Civil Veterinary Dept. North-West Frontier Province 1923-32 - 1923-1932
Year: 1923
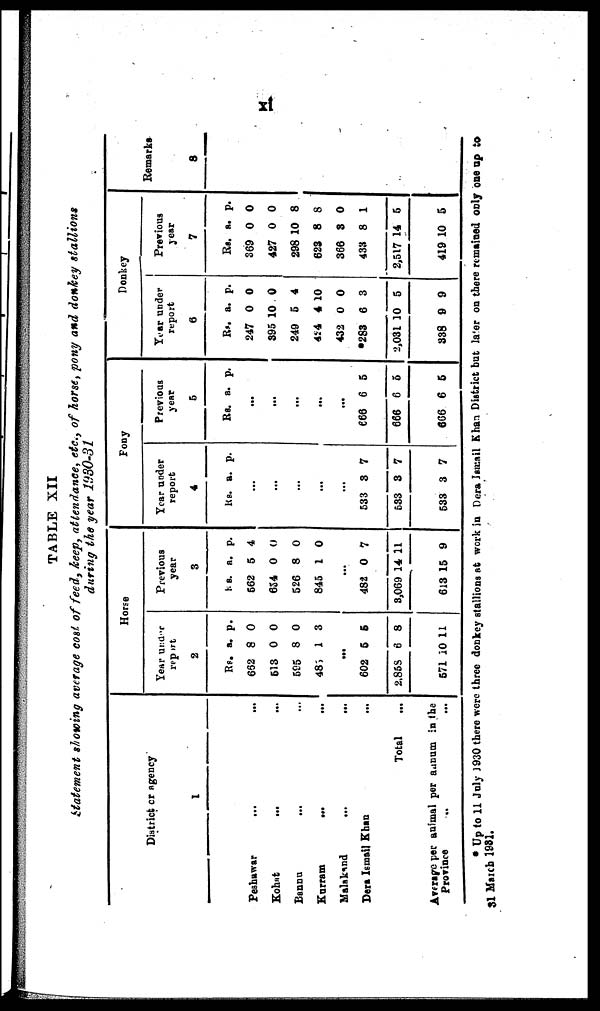
xi
TABLE XII
Statement showing average cost of feed, keep, attendance,
etc., of horse, pony and donkey
stallions
during the year 1930-31
District or agency
1
Peshawar ... ...
Kohat ... ... ...
Bannu ...
Kurram
...
...
Malakand
...
...
Dera Ismail Khan ...
Total ...
Average Per animal per annum in the
Province ... ...
Horse
Year under
report
2
Rs.
662
513
595
485
602
2,858
571
a.
8
0
8
1
...
5
6
10
p.
0
0
0
3
5
8
11
Previous
year
3
Rs.
662
634
526
845
482
3,069
613
a.
5
0
8
1
...
0
14
15
p.
4
0
0
0
7
11
9
Pony
Year under
report
4
Rs.
533
533
533
a.
...
...
...
...
...
3
3
3
p.
7
7
7
Previous
year
5
Rs.
666
666
666
a.
...
...
...
...
...
6
6
6
p.
5
5
5
Donkey
Year under
report
6
Rs.
247
395
249
434
432
*283
2,031
338
a.
0
10
5
4
0
6
10
9
p.
0
0
4
10
0
3
5
9
Previous
year
7
Rs.
369
427
298
623
366
433
2,517
419
a.
0
0
10
8
3
8
14
10
p.
0
0
8
8
0
1
5
5
Remarks
8
* Up to 11 July 1930 there were three donkey stallions at work in Dera Ismail Khan District but later on there remained only one up to
31 March 1931.